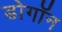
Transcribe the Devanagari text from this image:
डोगॉन